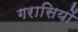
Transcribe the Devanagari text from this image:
गरासियों